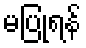
မပြုရန်